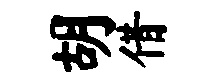
胡借